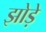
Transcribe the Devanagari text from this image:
झोड़े